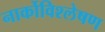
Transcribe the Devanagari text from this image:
नार्कोविश्लेषण